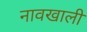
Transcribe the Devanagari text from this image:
नावखाली